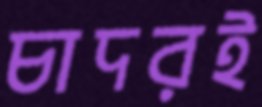
চাদরই